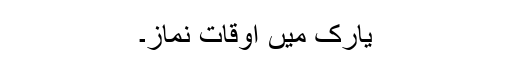
یارک میں اوقات نماز۔